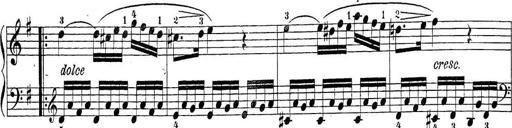
Title: Sonatina Album
Composer: Louis KÃ¶hler